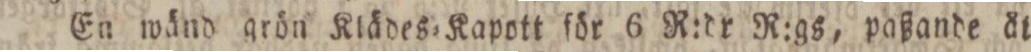
En wänd grön Klädes=Kapott för 6 R:dr R:gſ, paßande åt